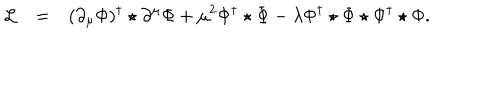
LaTeX: \begin{array} { r c l } { { { \cal L } } } & { { = } } & { { \displaystyle ( \partial _ { \mu } \Phi ) ^ { \dagger } \star \partial ^ { \mu } \Phi + \mu ^ { 2 } \Phi ^ { \dagger } \star \Phi - \lambda \Phi ^ { \dagger } \star \Phi \star \Phi ^ { \dagger } \star \Phi . } } \\ \end{array}